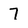
Character: 7